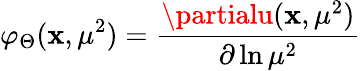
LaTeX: \varphi_{\Theta}(\mathbf{x},\mu^{2})=\frac{{\partialu(\mathbf{x},\mu^{2})}}{{\partial\ln\mu^{2}}}